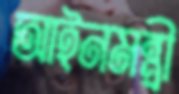
আইনমন্ত্রী